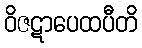
ဝိဇဋာပေထပီတိ